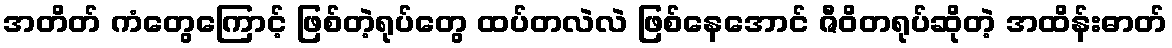
အတိတ် ကံတွေကြောင့် ဖြစ်တဲ့ရုပ်တွေ ထပ်တလဲလဲ ဖြစ်နေအောင် ဇီဝိတရုပ်ဆိုတဲ့ အထိန်းဓာတ်